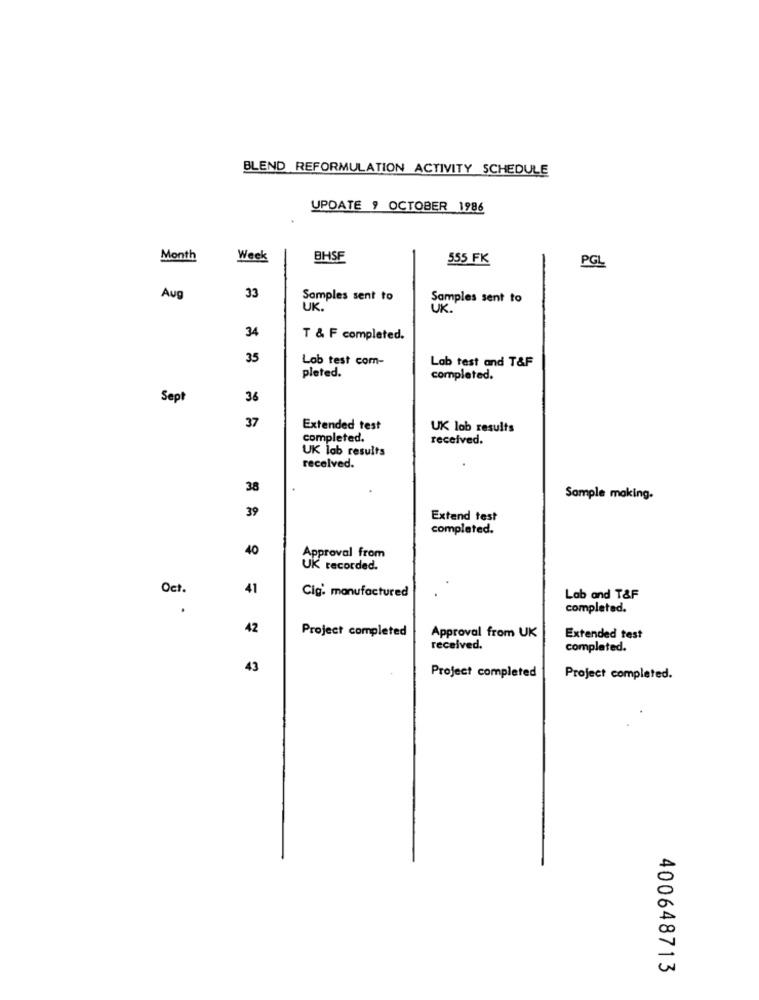
BLEND REFORMULATION ACTIVITY SCHEDULE
UPDATE 9 OCTOBER 1986
Month
Week
BHSF
555 FK
PGL
Aug
33
Samples sent to
Samples sent to
UK."
UK."
34
T & F completed.
35
Lob test com-
Lab test and T&F
pleted.
completed.
Sept
36
37
Extended test
UK lab results
completed.
received.
UK lab results
received.
38
Sample making.
39
Extend test
completed.
40
Approval from
UK recorded.
Oct.
41
Cig' manufactured
Lab and T&F
completed.
42
Project completed
Approval from UK
Extended test
received.
completed.
43
Project completed
Project completed.
400648713